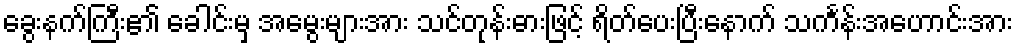
ခွေးနက်ကြီး၏ ခေါင်းမှ အမွေးများအား သင်တုန်းဓားဖြင့် ရိတ်ပေးပြီးနောက် သင်္ကန်းအဟောင်းအား